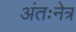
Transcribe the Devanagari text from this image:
अंतःनेत्र